Vaccination in Bombay 1863-1868 - 1863-1868
Year: 1863
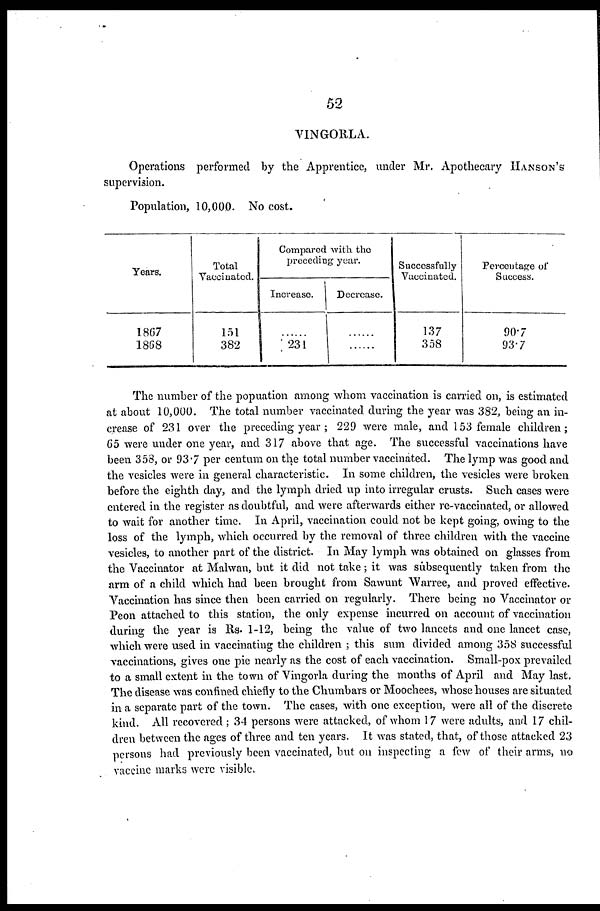
52
VINGORLA.
Operations performed by the Apprentice, under Mr. Apothecary HANSON'S
supervision.
Population, 10,000. No cost.
Years.
1867
1868
Total
Vaccinated.
151
382
Compared with the
preceding year.
Increase.
......
231
Decrease.
......
......
Successfully
Vaccinated.
137
358
Percentage of
Success.
90.7
93.7
The number of the popuation among whom vaccination is carried on, is estimated
at about 10,000. The total number vaccinated during the year was 382, being an in-
crease of 231 over the preceding year ; 229 were male, and 153 female children;
65 were under one year, and 317 above that age. The successful vaccinations have
been 358, or 93.7 per centum on the total number vaccinated. The lymp was good and
the vesicles were in general characteristic. In some children, the vesicles were broken
before the eighth day, and the lymph dried up into irregular crusts. Such cases were
entered in the register as doubtful, and were afterwards either re-vaccinated, or allowed
to wait for another time. In April, vaccination could not be kept going, owing to the
loss of the lymph, which occurred by the removal of three children with the vaccine
vesicles, to another part of the district. In May lymph was obtained on glasses from
the Vaccinator at Malwan, but it did not take; it was subsequently taken from the
arm of a child which had been brought from Sawunt Warree, and proved effective.
Vaccination has since then been carried on regularly. There being no Vaccinator or
Peon attached to this station, the only expense incurred on account of vaccination
during the year is Rs. 1-12, being the value of two lancets and one lancet case,
which were used in vaccinating the children ; this sum divided among 358 successful
vaccinations, gives one pie nearly as the cost of each vaccination. Small-pox prevailed
to a small extent in the town of Vingorla during the months of April and May last.
The disease was confined chiefly to the Chumbars or Moochees, whose houses are situated
in a separate part of the town. The cases, with one exception, were all of the discrete
kind. All recovered ; 34 persons were attacked, of whom 17 were adults, and 17 chil-
dren between the ages of three and ten years. It was stated, that, of those attacked 23
persons had previously been vaccinated, but on inspecting a few of their arms, no
vaccine marks were visible.